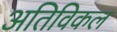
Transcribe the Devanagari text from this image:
अतिविकल